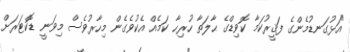
"އަޅުގަނޑުމެންގެ ފަޤީރުކަމާ ކޮވިޑްގެ ޙާލަތާ ހުރިހާ ކަމެއް އެކުވެގެން މިހާރުވެސް މިވަނީ ޑޮކްޓަރަށް